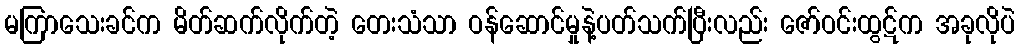
မကြာသေးခင်က မိတ်ဆက်လိုက်တဲ့ တေးသံသာ ဝန်ဆောင်မှုနဲ့ပတ်သက်ပြီးလည်း ဇော်ဝင်းထွဋ်က အခုလိုပဲ